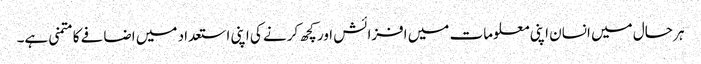
ہر حال میں انسان اپنی معلومات میں افزائش اور کچھ کرنے کی اپنی استعداد میں اضافے کا متمنی ہے۔